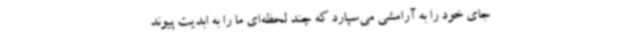
جای خود را به آرامشی می‌سپارد که چند لحظه‌ای ما را به ابدیت پیوند